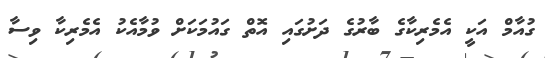
ގުއާމް އަކީ އެމެރިކާގެ ބާރުގެ ދަށުގައި އޮތް ގައުމަކަށް ވުމާއެކު އެމެރިކާ ވިސާ